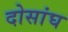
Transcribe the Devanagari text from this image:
दोसांघ